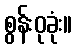
စွန်းဝုခုံး။